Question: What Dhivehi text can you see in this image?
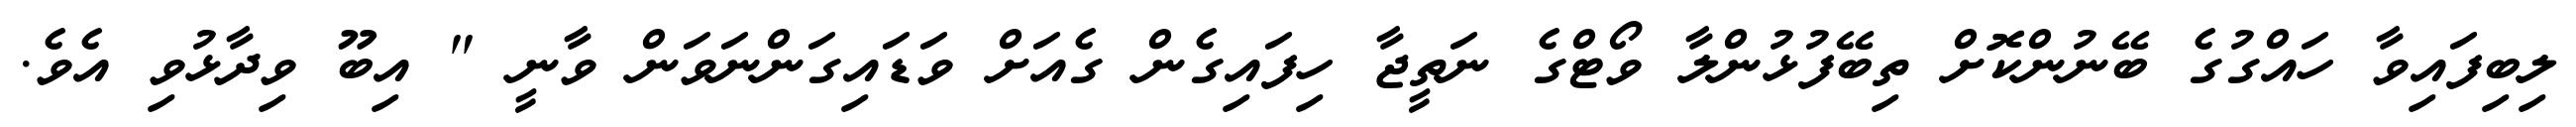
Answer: ލިބިފައިވާ ހައްގުގެ ބޭނުންކޮށް ތިބޭފުޅުންލާ ވޯޓްގެ ނަތީޖާ ހިފައިގެން ގެއަށް ވަޑައިގަންނަވަން ވާނީ " އިބޫ ވިދާޅުވި އެވެ.